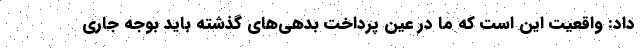
داد: واقعیت این است که ما در عین پرداخت بدهی‌های گذشته باید بوجه جاری